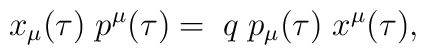
x_{\mu}(\tau)\; p^{\mu}(\tau) = \;q\; p_{\mu}(\tau)\; x^{\mu}(\tau),